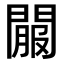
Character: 𨵟